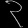
Digit: ၃